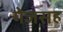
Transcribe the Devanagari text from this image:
गेजसह